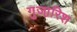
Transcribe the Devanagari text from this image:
गुजा़रिश